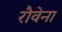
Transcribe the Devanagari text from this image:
रौवेना